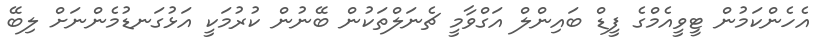
އެހެންކަމުން ޓީވީއެމްގެ ފީޑް ބައިންލް އަގްވާމީ ޗެނަލްތަކުން ބޭނުން ކުރުމަކީ އަޅުގަނޑުމެންނަށް ލިބޭ